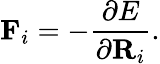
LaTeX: \mathbf{F}_{i}=-\frac{\partial E}{\partial\mathbf{R}_{i}}.